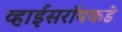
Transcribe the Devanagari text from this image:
व्हाईसरॉयकडे